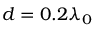
d = 0 . 2 \lambda _ { 0 }